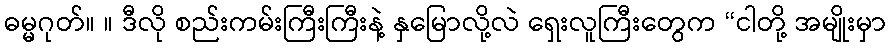
ဓမ္မဂုတ်။ ။ ဒီလို စည်းကမ်းကြီးကြီးနဲ့ နှမြောလို့လဲ ရှေးလူကြီးတွေက “ငါတို့ အမျိုးမှာ